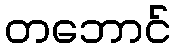
တဘောင်